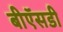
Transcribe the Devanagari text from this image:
बीऍसडी